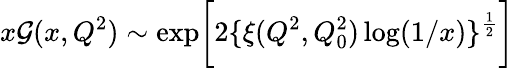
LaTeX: x\mathcal{G}(x,Q^{2})\sim\exp\biggl[2\{ \xi(Q^{2},Q_{0}^{2})\log(1/x)\} ^{\frac{{1}}{{2}}}\biggr]